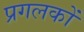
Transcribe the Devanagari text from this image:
प्रगलकों